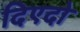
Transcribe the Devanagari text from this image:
दिएदो